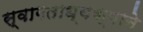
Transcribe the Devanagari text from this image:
स्वागताध्यक्षाने